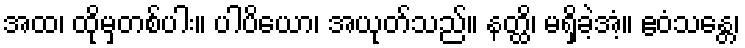
အထ၊ ထိုမှတစ်ပါး။ ပါပိယော၊ အယုတ်သည်။ နတ္ထိ၊ မရှိခဲ့အံ့။ ဧဝံသန္တေ၊